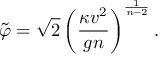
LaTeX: \tilde { \varphi } = \sqrt { 2 } \left( \frac { \kappa v ^ { 2 } } { g n } \right) ^ { \frac { 1 } { n - 2 } } .